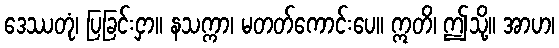
ဒေဿတုံ၊ ပြခြင်းငှာ။ နသက္ကာ၊ မတတ်ကောင်းပေ။ ဣတိ၊ ဤသို့။ အာဟ၊